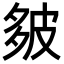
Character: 𪤻